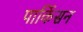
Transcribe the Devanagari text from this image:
पार्किसन